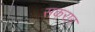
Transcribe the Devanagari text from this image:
सकरार